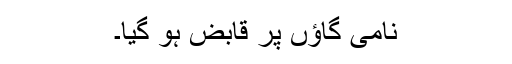
نامی گاؤں پر قابض ہو گیا۔